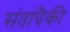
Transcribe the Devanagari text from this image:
संतांपैकी